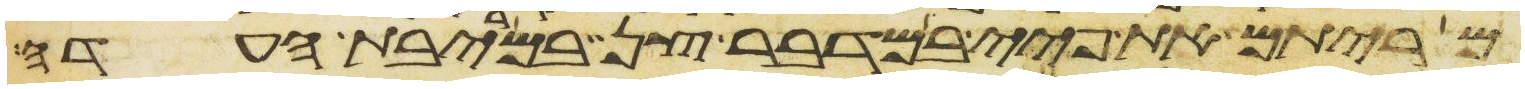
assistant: מריתם את פיי במדבר צן במריבת העדה